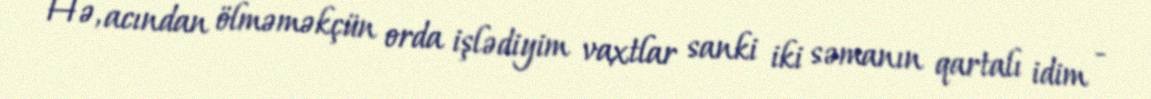
Hə, acından ölməməkçün orda işlədiyim vaxtlar sanki iki səmanın qartalı idim -